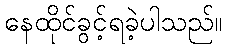
နေထိုင်ခွင့်ရခဲ့ပါသည်။